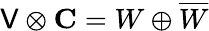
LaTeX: \mathsf{V}\otimes\mathbf{{C}}=W\oplus{\overline{{{W}}}}